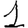
Digit: 1